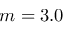
m = 3 . 0